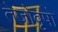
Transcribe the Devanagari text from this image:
तेजोवृषो